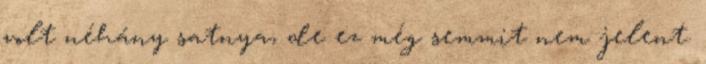
volt néhány satnya, de ez még semmit nem jelent.